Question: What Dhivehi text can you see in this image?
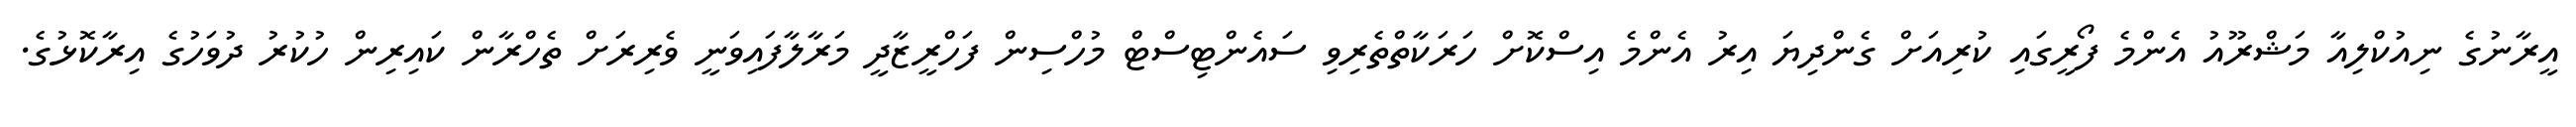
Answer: އީރާނުގެ ނިއުކްލިއާ މަޝްރޫއު އެންމެ ފޯރީގައި ކުރިއަށް ގެންދިޔަ އިރު އެންމެ އިސްކޮށް ހަރަކާތްތެރިވި ސައެންޓިސްޓް މުހްސިން ފަހްރީޒާދީ މަރާލާފައިވަނީ ވެރިރަށް ތެހްރާން ކައިރިން ހުކުރު ދުވަހުގެ އިރާކޮޅުގެ.